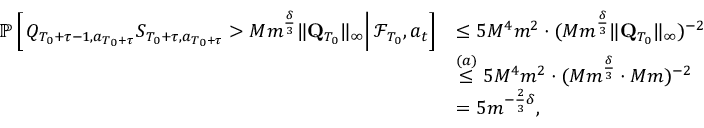
\begin{array} { r l } { \mathbb P \left[ \left. Q _ { T _ { 0 } + \tau - 1 , a _ { T _ { 0 } + \tau } } S _ { T _ { 0 } + \tau , a _ { T _ { 0 } + \tau } } > M m ^ { \frac \delta 3 } \lVert \mathbf Q _ { T _ { 0 } } \rVert _ { \infty } \right\rvert \mathcal F _ { T _ { 0 } } , a _ { t } \right] } & { \le 5 M ^ { 4 } m ^ { 2 } \cdot ( M m ^ { \frac \delta 3 } \lVert \mathbf Q _ { T _ { 0 } } \rVert _ { \infty } ) ^ { - 2 } } \\ & { \stackrel { ( a ) } \le 5 M ^ { 4 } m ^ { 2 } \cdot ( M m ^ { \frac \delta 3 } \cdot M m ) ^ { - 2 } } \\ & { = 5 m ^ { - \frac 2 3 \delta } , } \end{array}